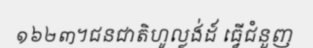
១៦២៣។ជនជាតិហូល្លង់ដ៍ ធ្វើជំនួញ